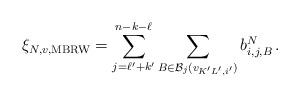
\begin{align*} {\xi}_{N, v, \mathrm{MBRW}}= \sum_{j=\ell' + k'}^{n-k-\ell} \sum_{B \in \mathcal{B}_j (v_{K'L', i'})} b^N_{ i, j, B} \,. \end{align*}